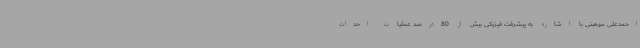
احمدعلی موهبتی با اشاره به پیشرفت فیزیکی بیش از 80درصد عملیات احداث